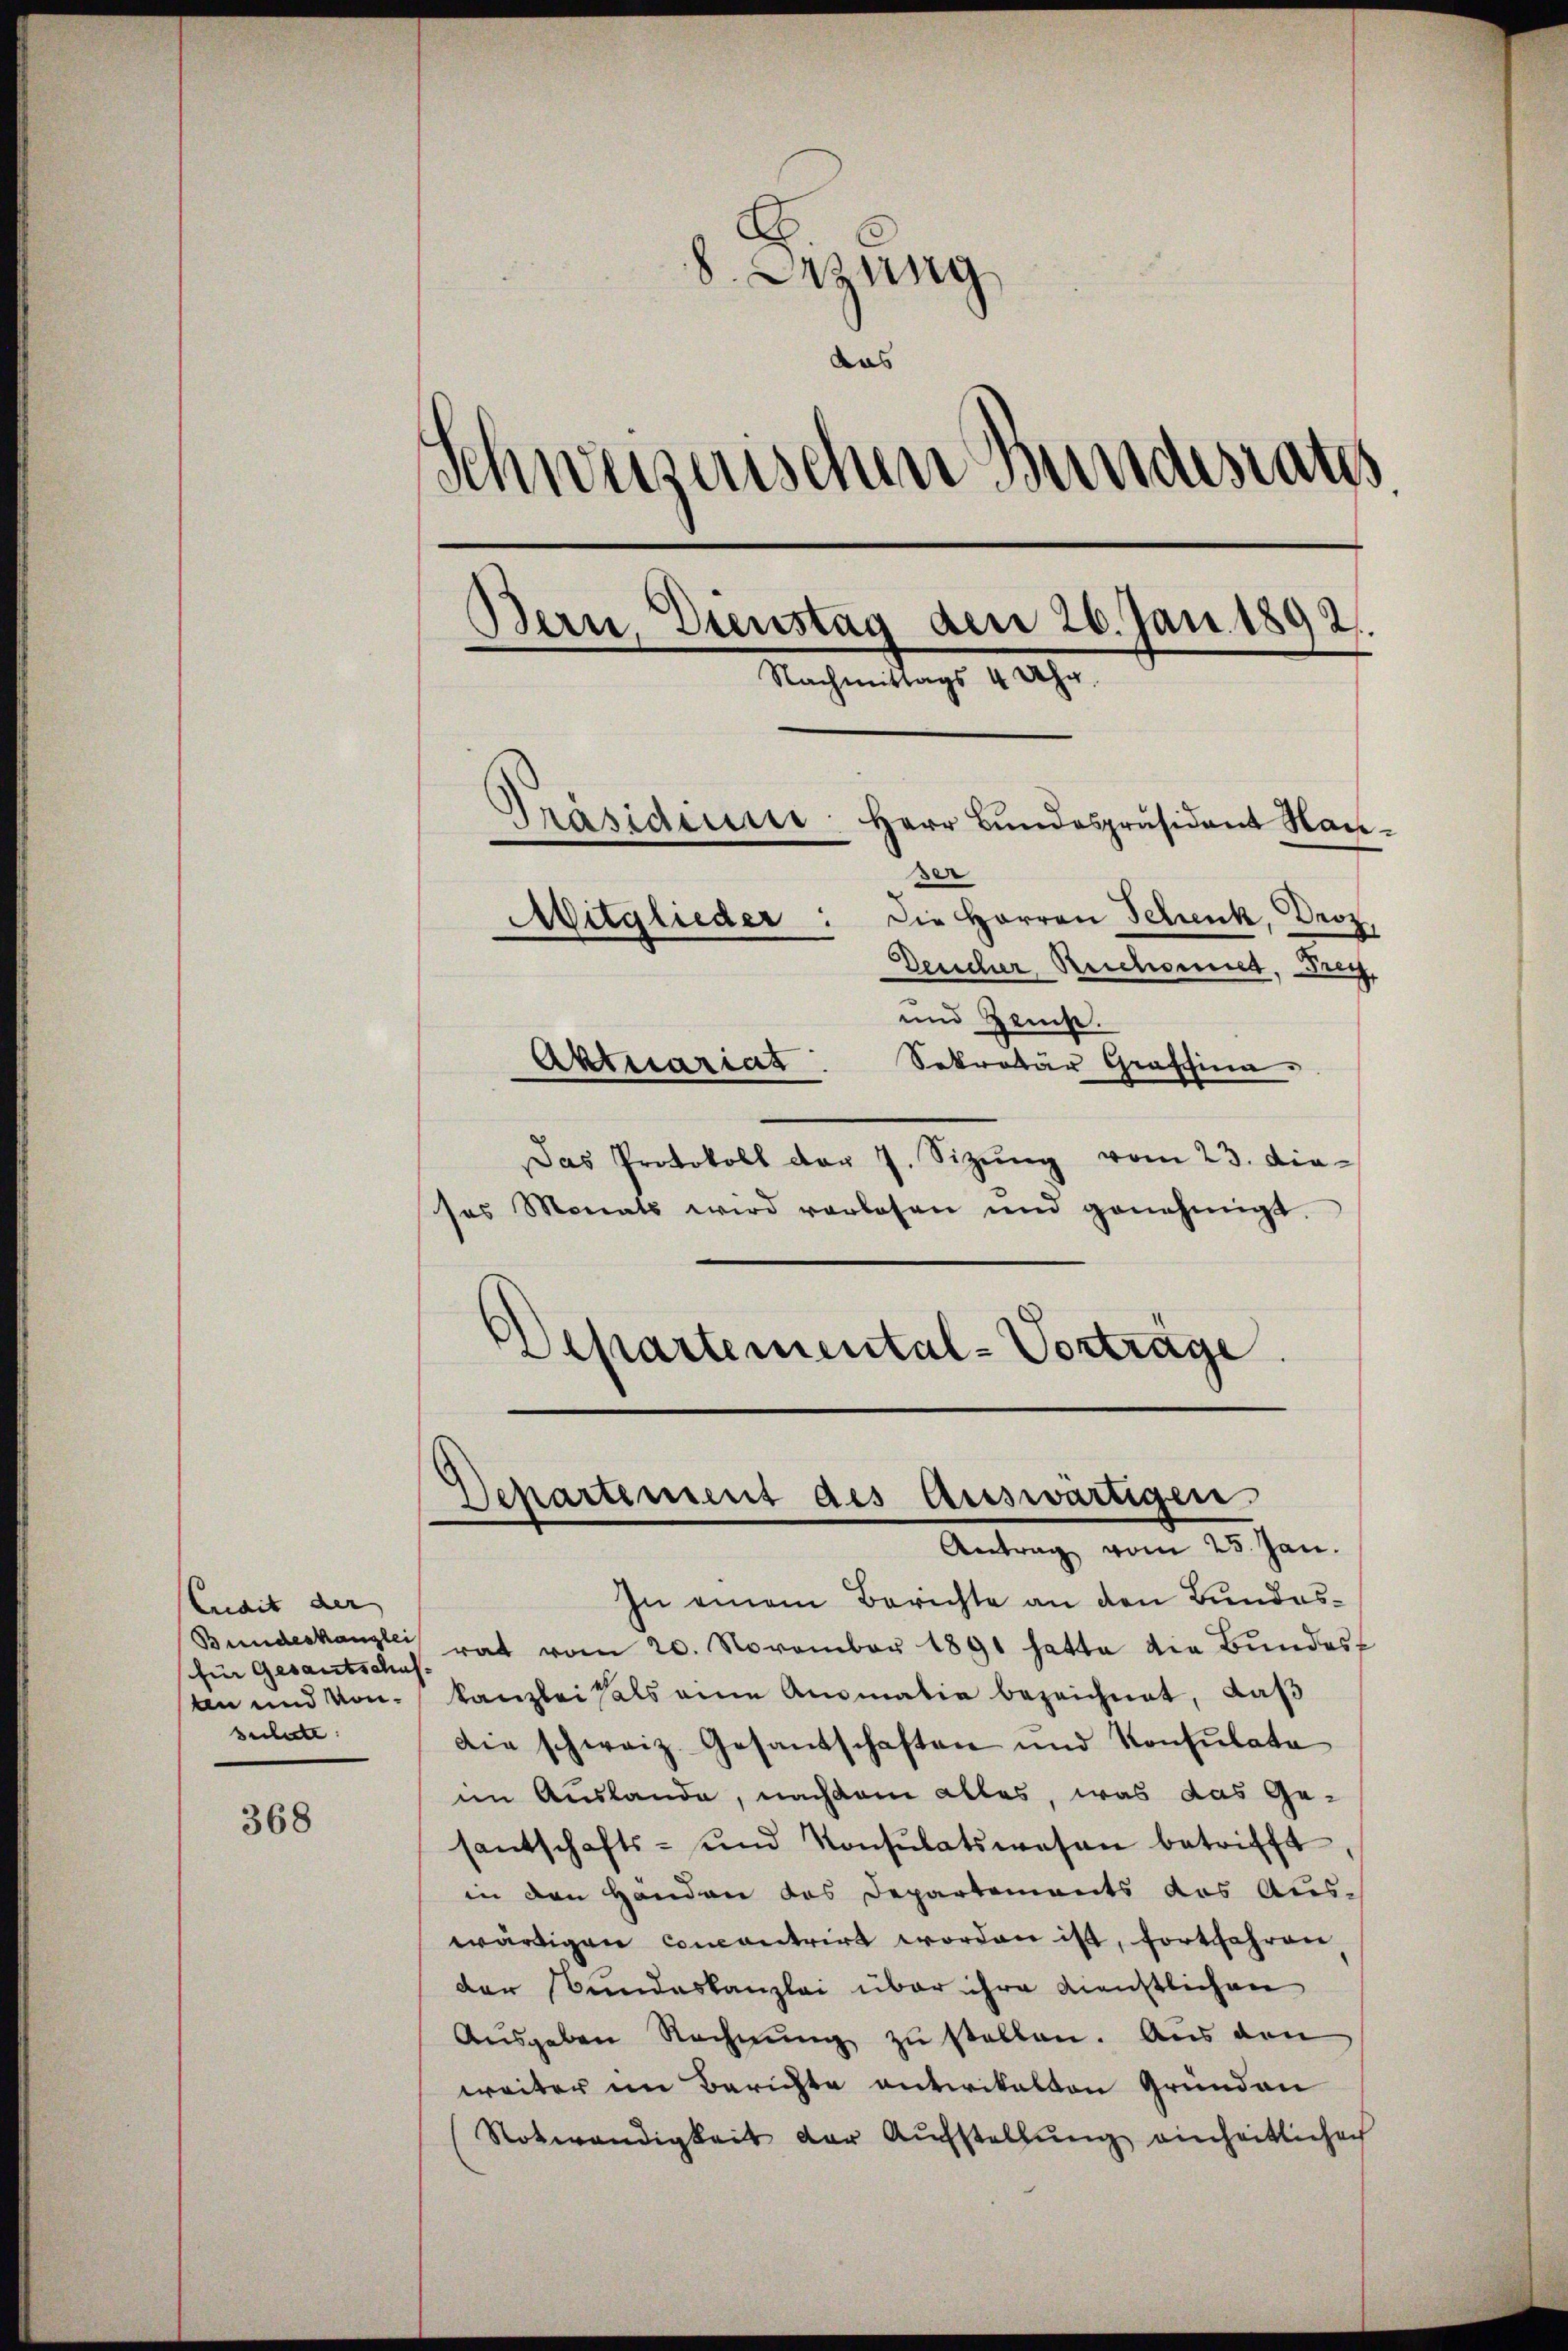
Cudit der
(für Gesantschus-
tn und vonsulate

368

s
.
8. Erzung
das
Schweizerischen Bundesrates.
Bern, Dienstag den 26. Jan. 1892.
Nachmittags 4 Uhr.
Präsidium
Herr Bundespräsident Hane
" Die Herren Schenk, Droz.
Mitglieder
Deucher Reichsmiet,
dauf
und Heise.
Sekretär Grafsina
Aktuariat

Das Protokoll vor 7. Sizŭng vom 23. die-
ses Monats wird vorlesen und genehmigt.
d
Aepartemental-Vorträge.

Departement des Auswärtigen.
Antrag vom 25. Jan.

In einem Berichte an den Bundes¬
Bundeskanzlei rat vom 20. November 1891 hatte die Bŭndes
kanzlei als eine Ausmalia bezeichnet, daß
Die schweiz. Gesandschaften und Konsulate
im Auslande, nachdem alles, was das Ge-
santschafts- und Konsulatswesen betrifft
in den Händen das Departements das Aus-
wärtigen concontrirt worden ist, fortfahren,
der Bundeskanzlei über ihre Dienstlichen
Ausgaben Rechnŭng zu stellen. Aus den
weiter im Berichte entwikalten Gründen
Notwendigkeit der Aufstellung einheitlichech